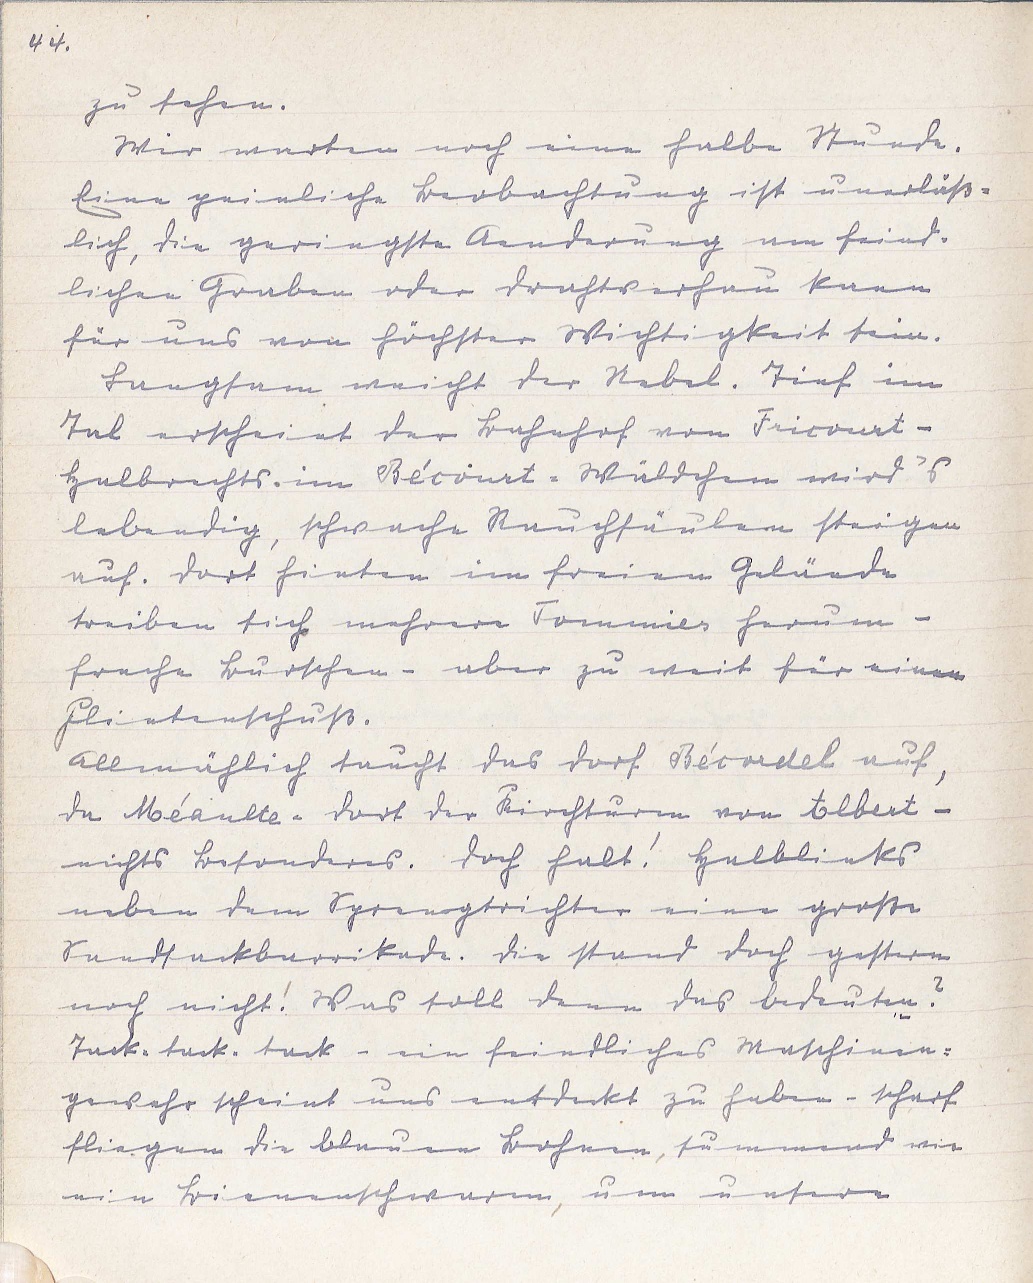
44.
zu sehen.
Wir warten noch eine halbe Stunde.
Eine peinliche Beobachtung ist unerläß¬
lich, die geringste Aenderung am feind¬
lichen Graben oder Drahtverhau kann
für uns von höchster Wichtigkeit sein.
Langsam weicht der Nebel. Tief im
Tal erscheint der Bahnhof von Fricourt -
halbrechts im Bécourt-Wäldchen wird's
lebendig, schwache Rauchsäulen steigen
auf. Dort hinten im freien Gelände
treiben sich mehrere Tommies herum -
freche Burschen - aber zu weit für einen
Flintenschuß.
Allmählich taucht das Dorf Bécordel auf,
da Méaulte - dort der Kirchturm von Albert -
nichts Besonderes. Doch halt! Halblinks
neben dem Sprengtrichter eine große
Sandsackbarrikade. Die stand doch gestern
noch nicht! Was soll denn das bedeuten?
Tack-tack-tack - ein feindliches Maschinen¬
gewehr scheint uns entdeckt zu haben - scharf
fliegen die blauen Bohnen, summend wie
ein Bienenschwarm, um unsere